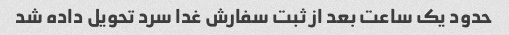
حدود یک ساعت بعد از ثبت سفارش غدا سرد تحویل داده شد